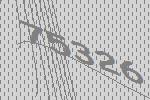
75326